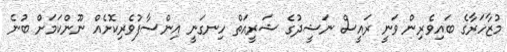
މުޒާހަރާގެ ބައިވެރިން ވަނީ ރައީސް ނަޝީދުގެ ޝަރީއަތް ހިނގަނީ އިންސާފުވެރިކޮށެއް ނޫންކަމަށް ބުނެ